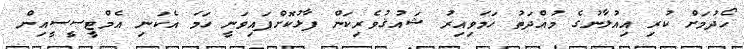
ހޯދުމަށް ކުރި އިއުލާނުގެ މުއްދަތު ހަމަވިއިރު ޝައުޤުވެރިކަން ފާޅުކޮށްފައިވަނީ ހަމަ އެކަނި އެމްޓީސީސީއިން